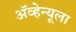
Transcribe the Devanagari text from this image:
ॲव्हेन्यूला